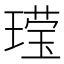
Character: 𬎆